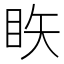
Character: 䀢